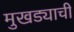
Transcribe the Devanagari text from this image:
मुखड्याची